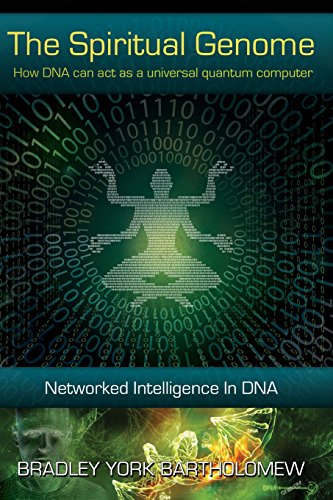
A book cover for The Spiritual Genome (Middle English Edition); Bradley York Bartholomew; Religion & Spirituality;